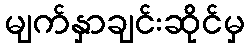
မျက်နှာချင်းဆိုင်မှ